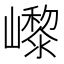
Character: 㠟